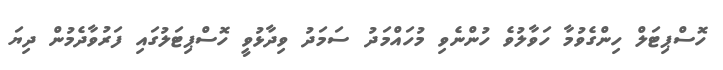
ހޮސްޕިޓަލް ހިންގެވުމާ ހަވާލުވެ ހުންނެވި މުހައްމަދު ސަމަދު ވިދާޅުވީ ހޮސްޕިޓަލުގައި ފަރުވާދެމުން ދިޔަ